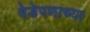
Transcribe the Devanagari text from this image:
वेडेपणाच्या